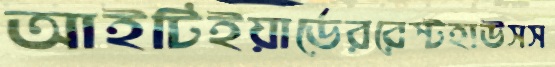
আইটিইয়ার্ডেররেস্টহাউসস